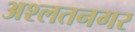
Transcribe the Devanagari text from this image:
अश्लतनगर